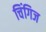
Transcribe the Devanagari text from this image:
चिंगिज